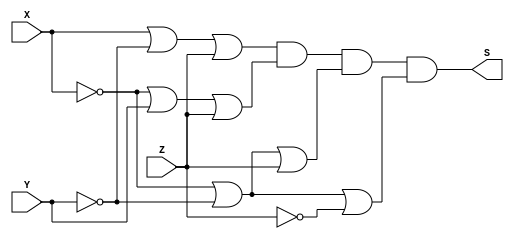
// ---------------------
// TRUTH TABLE
// Nome: marcos antonio lommez Candido Ribeiro
// 27/08/2022
// ---------------------
// ---------------------
// -- expression m (2, 4, 6, 7)
// ---------------------

module PoS (output S, input X, Y, Z); // maxtermos
    assign S = (X  | ~Y | Z ) & // M2
               (~X | Y  | Z ) & // M4
               (~X | ~Y | Z ) & // M6
               (~X | ~Y | ~Z) ; // M7
endmodule // PoS


// ---------------------
// -- test_module
// ---------------------
module test_module;
    reg X, Y, Z;
    wire S1;

    // instancias
    PoS POS1 (S1, X, Y, Z);
    
    // valores iniciais
    initial 
        begin: start
            X=1'bx; // indefinidos
            Y=1'bx; // indefinidos
            Z=1'bx; // indefinidos
        end

    // parte principal
    initial 
        begin: main
            // identificacao
            $display("Ex04a - Marcos Antonio Lommez - 771157");
            $display(" M (2, 4, 6, 7)");

            // monitoramento
            $display(" X | Y | Z = ");
            $monitor("%2b |%2b |%2b =    %2b", X, Y, Z, S1);
            
            // sinalizacao
            #1 X=0; Y=0; Z=0;
            #1 X=0; Y=0; Z=1;
            #1 X=0; Y=1; Z=0;
            #1 X=0; Y=1; Z=1;
            #1 X=1; Y=0; Z=0;
            #1 X=1; Y=0; Z=1;
            #1 X=1; Y=1; Z=0;
            #1 X=1; Y=1; Z=1;
        end
endmodule // test_module